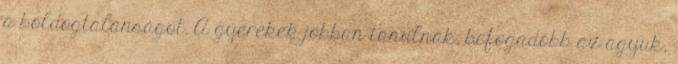
a boldogtalanságot. A gyerekek jobban tanulnak, befogadóbb az agyuk,